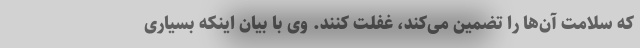
که سلامت آن‌ها را تضمین می‌کند، غفلت کنند. وی با بیان اینکه بسیاری